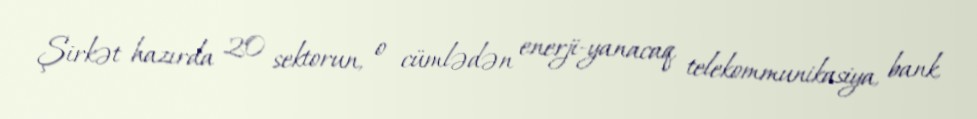
Şirkət hazırda 20 sektorun, o cümlədən enerji-yanacaq, telekommunikasiya, bank,